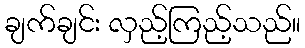
ချက်ချင်း လှည့်ကြည့်သည်။